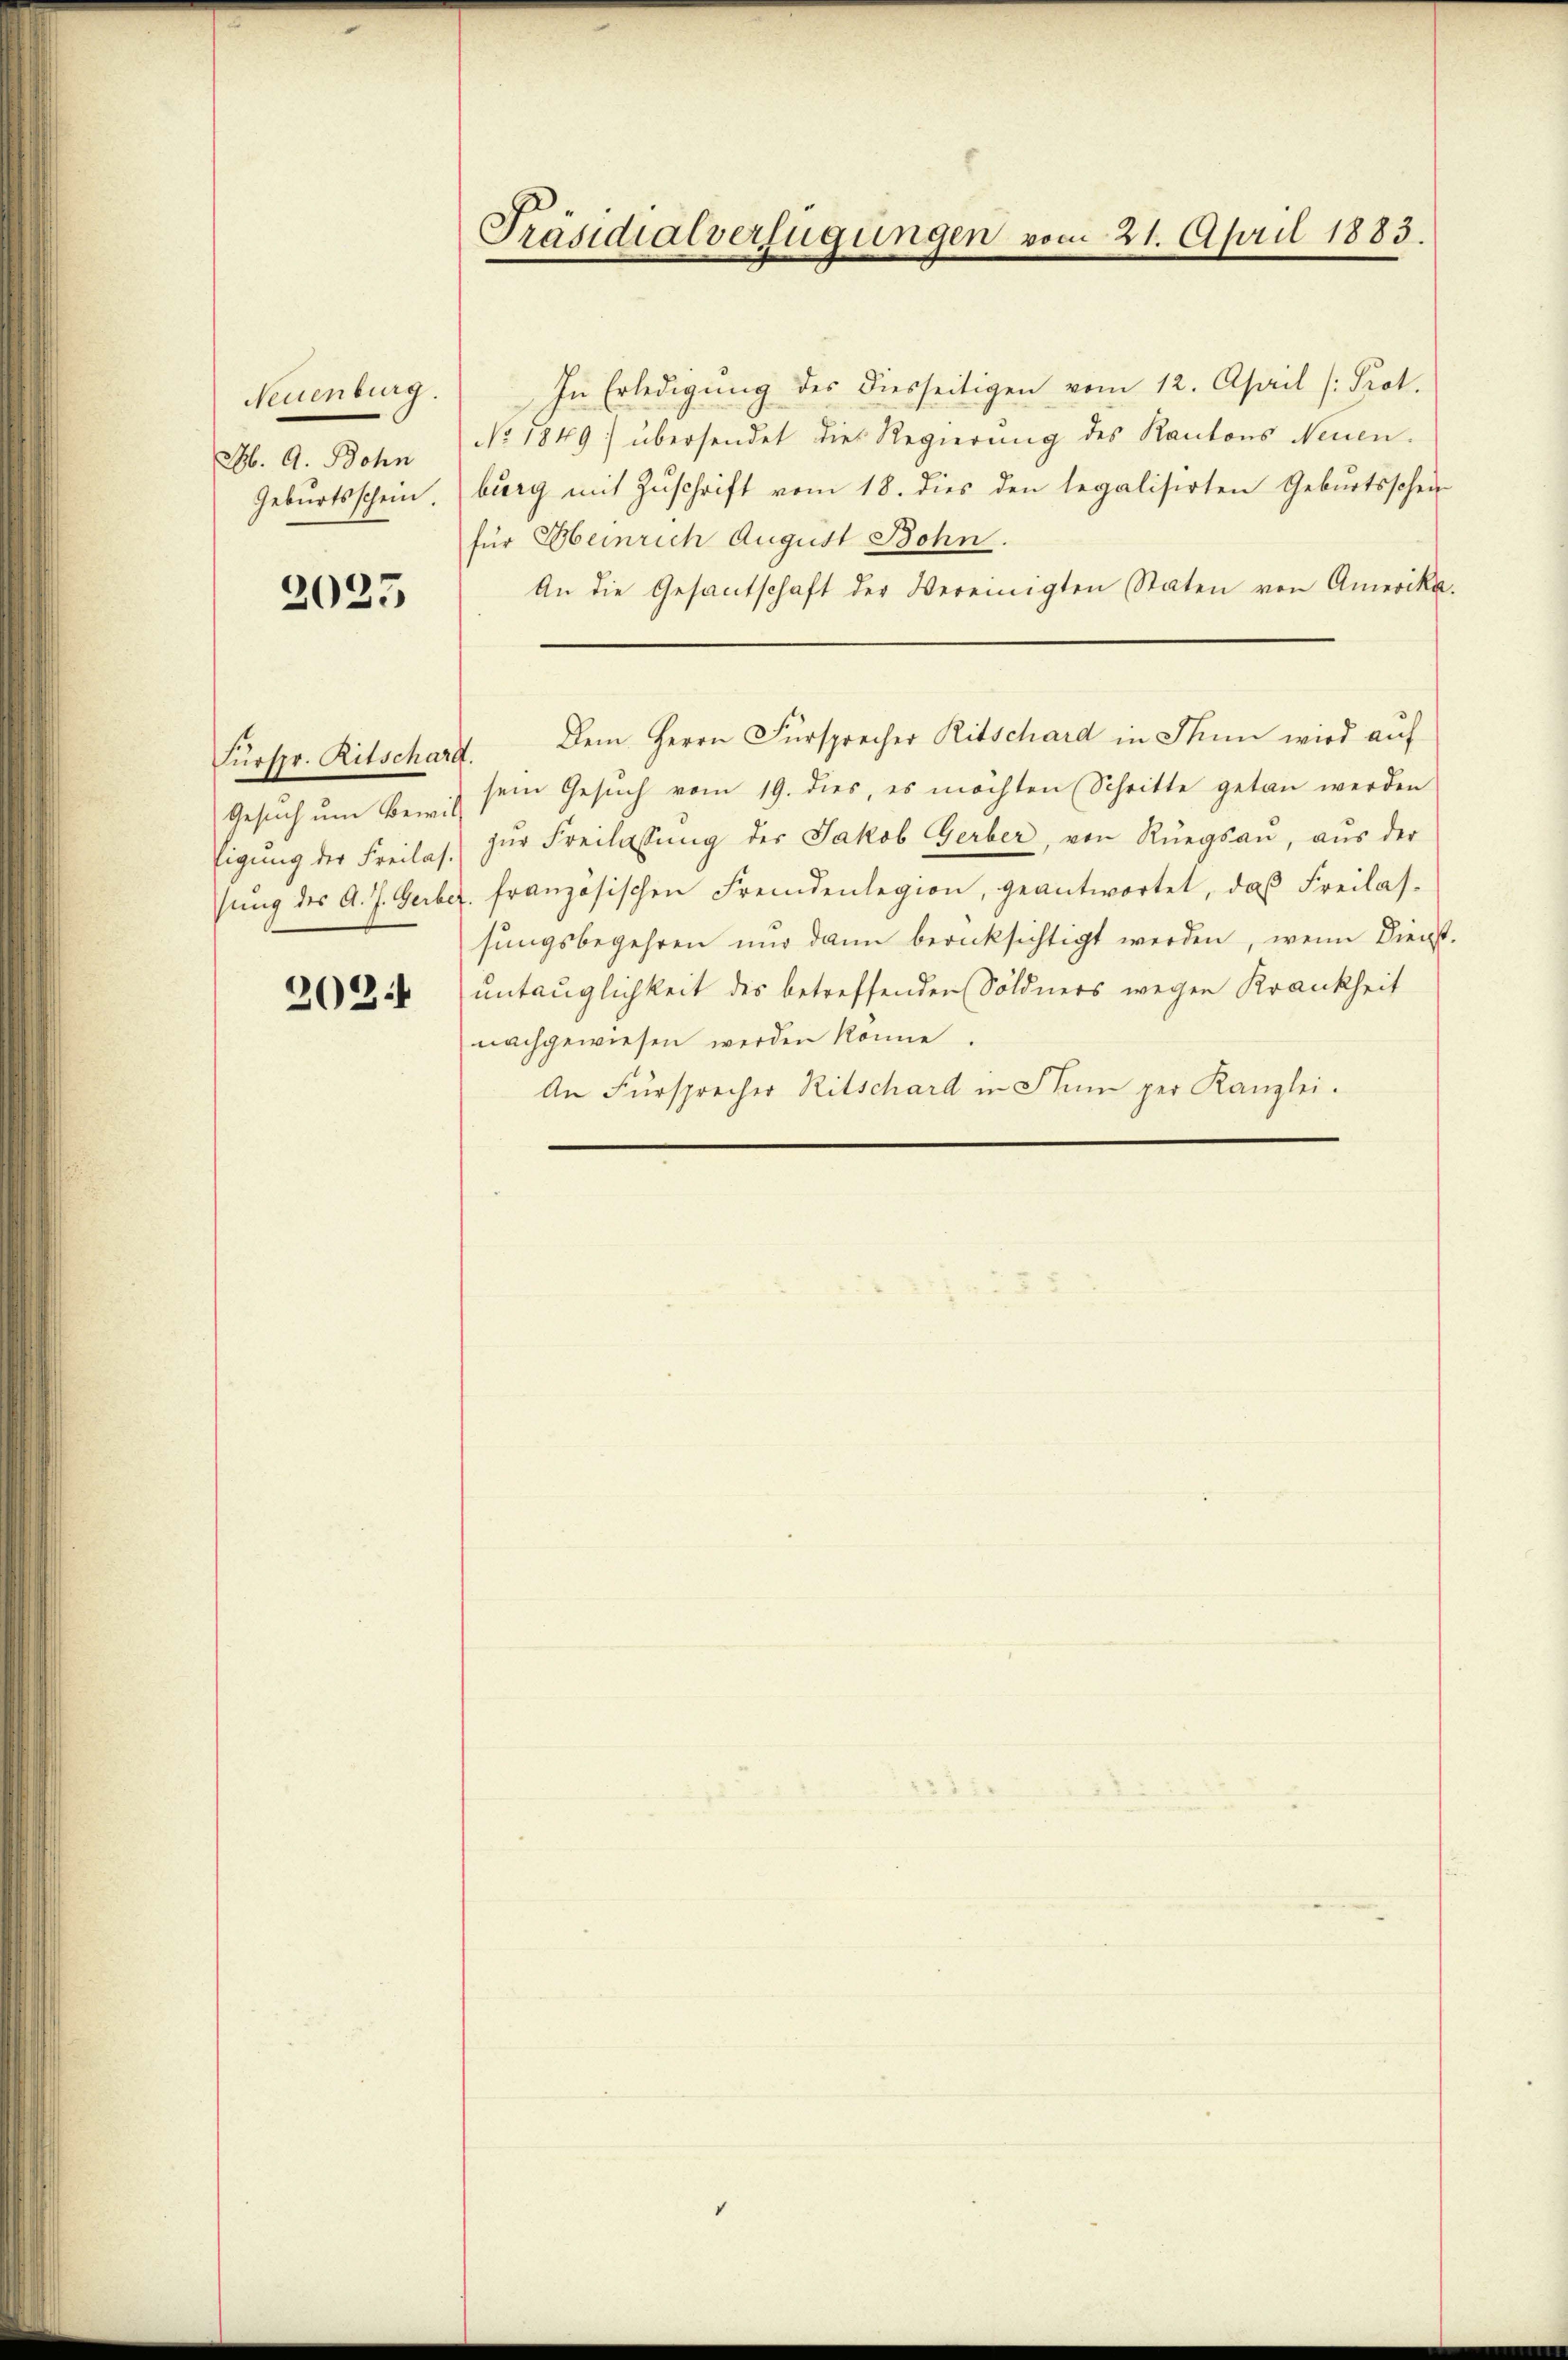
Neuenburg.
M. A. Bohn
Geburtsschein.

2025

Fürspr. Ritschard
Gesuch um Bewill
tigung der Freilas.
sung des A. J. Gerbet

2024

Präsidialverfügungen vom 21. April 1883.

In Erledigung der diesseitigen vom 12. April (: Prot.
No. 1849 übersendet die Regierung des Kantons Neuenburg mit Zuschrift vom 18. dies den legalisirten Geburtsschein
für Heinrich August Bohn.
An die Gesantschaft der Vereinigten Staten von Amerika-
sem Gesuch vom 19. dies, es möchten Schritte getan werden
zŭr Freilassŭng des Jakob Gerber, von Rüegsan, aŭs der
französischen Fremdenlegion, geantwortet, das Freilas-
sungsbegehren und dann berücksichtigt werden, wenn Dienst
untauglichkeit des betreffenden Söldners wegen Krankheit
nachgewiesen werden könne.
An Fürsprecher Ritschard in Stum per Kanzlei.

Dem Herrn Fürsprecher Ritschard in Thun wird auf